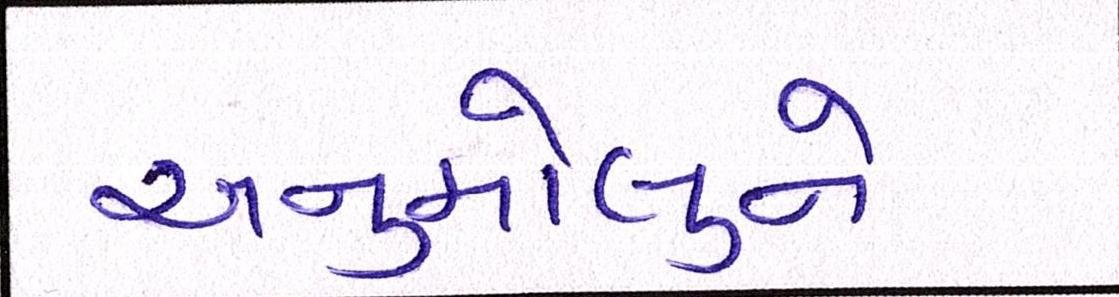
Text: અનુમોલુને